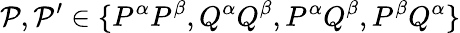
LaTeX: \mathcal{P},\mathcal{P}^{\prime}\in\{ P^{\alpha}P^{\beta},Q^{\alpha}Q^{\beta},P^{\alpha}Q^{\beta},P^{\beta}Q^{\alpha}\}